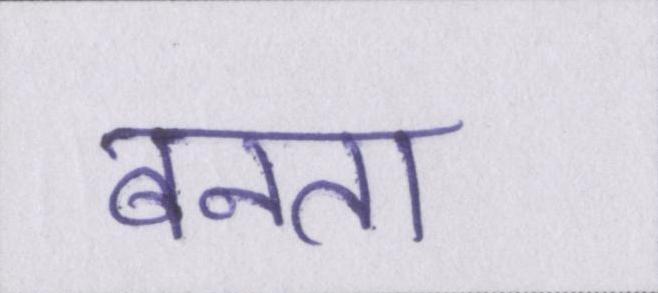
बनता